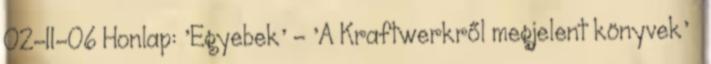
02-11-06 Honlap: 'Egyebek' - 'A Kraftwerkről megjelent könyvek' »